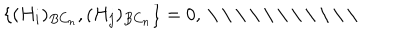
LaTeX: \{ ( H _ { i } ) _ { B C _ { n } } , ( H _ { j } ) _ { B C _ { n } } \} = 0 , \mathrm { ~ \ \ \ ~ }